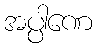
အပ္ပါဏေ